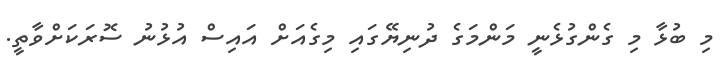
މި ބުޅާ މި ގެންގުޅެނީ މަންމަގެ ދުނިޔޭގައި މިގެއަށް އައިސް އުޅުނު ސޮރަކަށްވާތީ.